Annual report of the Imperial Bacteriologist
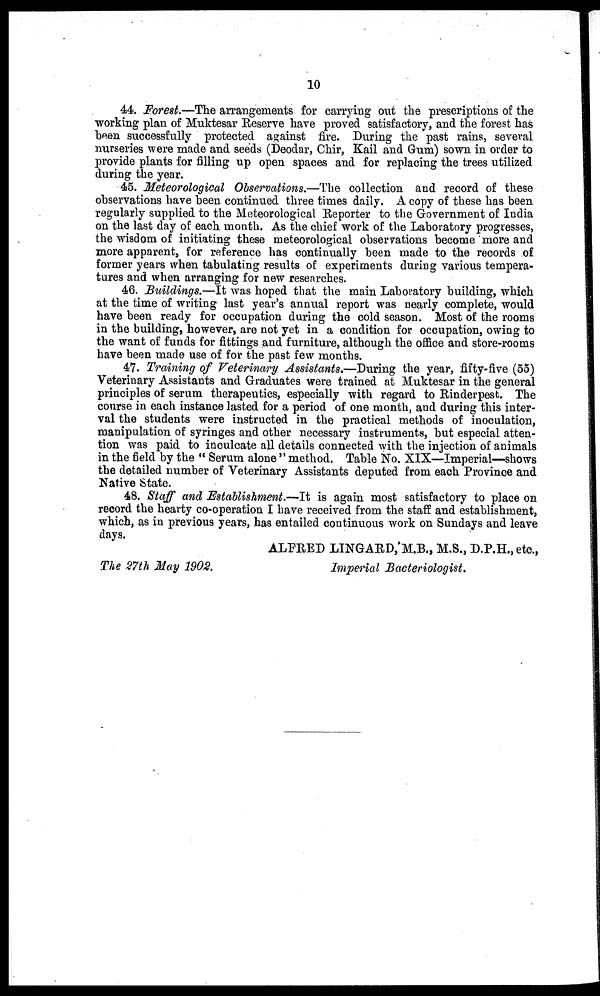
10
44. Forest.-The arrangements for carrying out the prescriptions of the
working plan of Muktesar Reserve have proved satisfactory, and the forest has
been successfully protected against fire. During the past rains, several
nurseries were made and seeds (Deodar, Chir, Kail and Gum) sown in order to
provide plants for filling up open spaces and for replacing the trees utilized
during the year.
45. Meteorological Observations.-The collection and record of these
observations have been continued three times daily. A copy of these has been
regularly supplied to the Meteorological Reporter to the Government of India
on the last day of each month. As the chief work of the Laboratory progresses,
the wisdom of initiating these meteorological observations become more and
more apparent, for reference has continually been made to the records of
former years when tabulating results of experiments during various tempera-
tures and when arranging for new researches.
46. Buildings.—It was hoped that the main Laboratory building, which
at the time of writing last year's annual report was nearly complete, would
have been ready for occupation during the cold season. Most of the rooms
in the building, however, are not yet in a condition for occupation, owing to
the want of funds for fittings and furniture, although the office and store-rooms
have been made use of for the past few months.
47. Training of Veterinary Assistants.—During the year, fifty-five (55)
Veterinary Assistants and Graduates were trained at Muktesar in the general
principles of serum therapeutics, especially with regard to Rinderpest. The
course in each instance lasted for a period of one month, and during this inter-
val the students were instructed in the practical methods of inoculation,
manipulation of syringes and other necessary instruments, but especial atten-
tion was paid to inculcate all details connected with the injection of animals
in the field by the "Serum alone" method. Table No. XIX—Imperial—shows
the detailed number of Veterinary Assistants deputed from each Province and
Native State.
48. Staff and Establishment.—It is again most satisfactory to place on
record the hearty co-operation I have received from the staff and establishment,
which, as in previous years, has entailed continuous work on Sundays and leave
days.
ALFRED LINGARD, M.B., M.S., D.P.H.,etc.,
The 27th May 1902.
Imperial Bacteriologist.